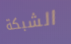
الشبكة